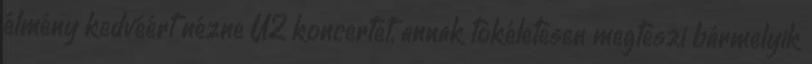
élmény kedvéért nézne U2 koncertet, annak tökéletesen megteszi bármelyik